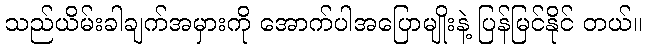
သည်ယိမ်းခါချက်အမှားကို အောက်ပါအပြောမျိုးနဲ့ ပြန်မြင်နိုင် တယ်။